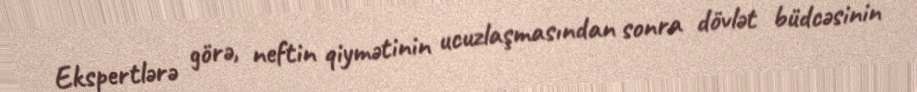
Ekspertlərə görə, neftin qiymətinin ucuzlaşmasından sonra dövlət büdcəsinin